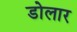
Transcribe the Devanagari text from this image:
डोलार